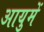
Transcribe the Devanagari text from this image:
आयुमें